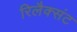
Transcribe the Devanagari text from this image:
रिलैक्संट